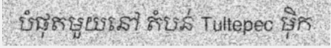
បំផុតមួយនៅ តំបន់ Tultepec ម៉ិក